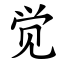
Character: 觉